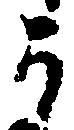
可